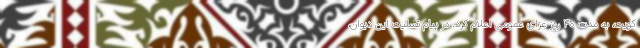
کویت، به مدت ۴۰ روز عزای عمومی اعلام کرد. در پیام تسلیت این دیوان،